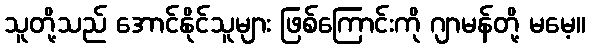
သူတို့သည် အောင်နိုင်သူများ ဖြစ်ကြောင်းကို ဂျာမန်တို့ မမေ့။